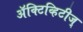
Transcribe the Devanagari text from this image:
अॅक्टिव्हिटीज्